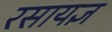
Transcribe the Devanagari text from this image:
रसायज्ञ